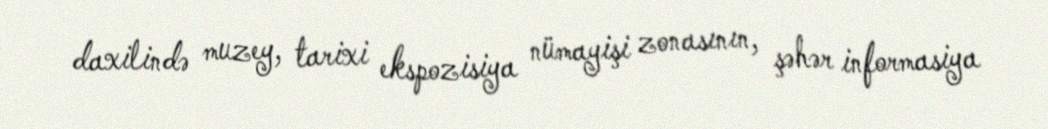
daxilində muzey, tarixi ekspozisiya nümayişi zonasının, şəhər informasiya